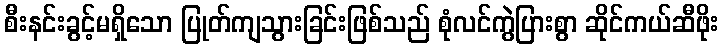
စီးနင်းခွင့်မရှိသော ပြုတ်ကျသွားခြင်းဖြစ်သည် စုံလင်ကွဲပြားစွာ ဆိုင်ကယ်ဆီဖိုး